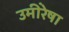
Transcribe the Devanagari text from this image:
उमींरेषा